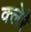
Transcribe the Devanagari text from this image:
क्लेरे